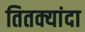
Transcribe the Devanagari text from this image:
तितक्यांदा